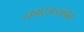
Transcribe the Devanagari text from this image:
नगरराज्यांपैकी